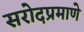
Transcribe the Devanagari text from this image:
सरोदप्रमाणे